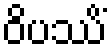
ဝိပဿိံ